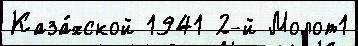
Каза́хской 1941 2-й Молот1